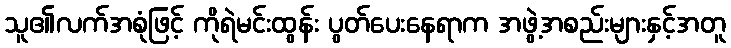
သူ၏လက်အစုံဖြင့် ကိုရဲမင်းထွန်း ပွတ်ပေးနေရာက အဖွဲ့အစည်းများနှင့်အတူ